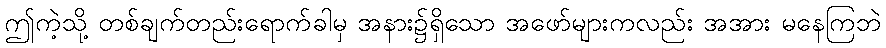
ဤကဲ့သို့ တစ်ချက်တည်းရောက်ခါမှ အနား၌ရှိသော အဖော်များကလည်း အအား မနေကြဘဲ